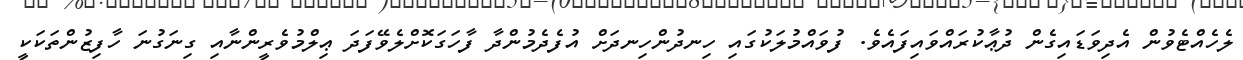
ލެހެއްޓެވުން އެދިވަޑައިގެން ދުޢާކުރައްވައިފައެވެ. ފުވައްމުލަކުގައި ހިނދުންހިނދަށް އުފެދެމުންދާ ފާހަގަކޮށްލެވޭފަދަ ޢިލްމުވެރީންނާއި ގިނަގުނަ ހާފިޒުންތަކަކީ